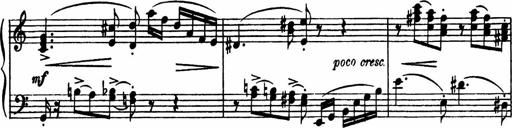
Title: Sonatilla
Composer: Mortimer Wilson
Key: C major